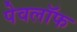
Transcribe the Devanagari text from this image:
पेवलॉफ